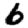
Digit: 6